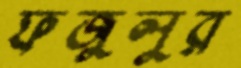
ফজুলুর